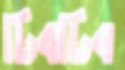
ঢিবঢিব